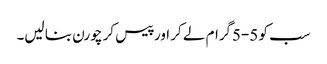
سب کو 5-5گرام لے کر اور پیس کر چورن بنا لیں۔